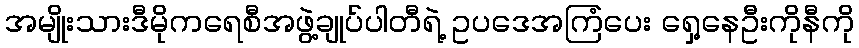
အမျိုးသားဒီမိုကရေစီအဖွဲ့ချုပ်ပါတီရဲ့ ဥပဒေအကြံပေး ရှေ့နေဦးကိုနီကို